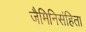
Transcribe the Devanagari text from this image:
जैमिनिसंहिता